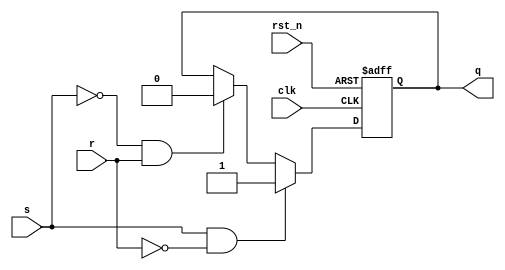
module SR_Flip_Flop (
    input clk, // Clock input
    input rst_n, // Active-low asynchronous reset input
    input s, r, // Set and reset inputs
    output reg q // Output representing the state of the flip-flop
);

reg q_bar; // Complementary output of q

// SR flip-flop process
always @(posedge clk or negedge rst_n) // Sensitivity list includes positive edge of clock and negative edge of reset
begin
    if (!rst_n) // If reset is asserted
    begin
        q <= 1'b0; // Set output q to logic 0
        q_bar <= 1'b1; // Set complementary output q_bar to logic 1
    end
    else // If reset is not asserted
    begin
        if (s && !r) // If set input is asserted and reset input is not asserted
        begin
            q <= 1'b1; // Set output q to logic 1
            q_bar <= 1'b0; // Set complementary output q_bar to logic 0
        end
        else if (!s && r) // If reset input is asserted and set input is not asserted
        begin
            q <= 1'b0; // Set output q to logic 0
            q_bar <= 1'b1; // Set complementary output q_bar to logic 1
        end
        else if (!s && !r) // If neither set nor reset input is asserted
        begin
            q <= q; // No change in output q
            q_bar <= q_bar; // No change in complementary output q_bar
        end
        // No need for an else statement here, as the other combinations of inputs are not valid for SR flip-flops
    end
end

endmodule